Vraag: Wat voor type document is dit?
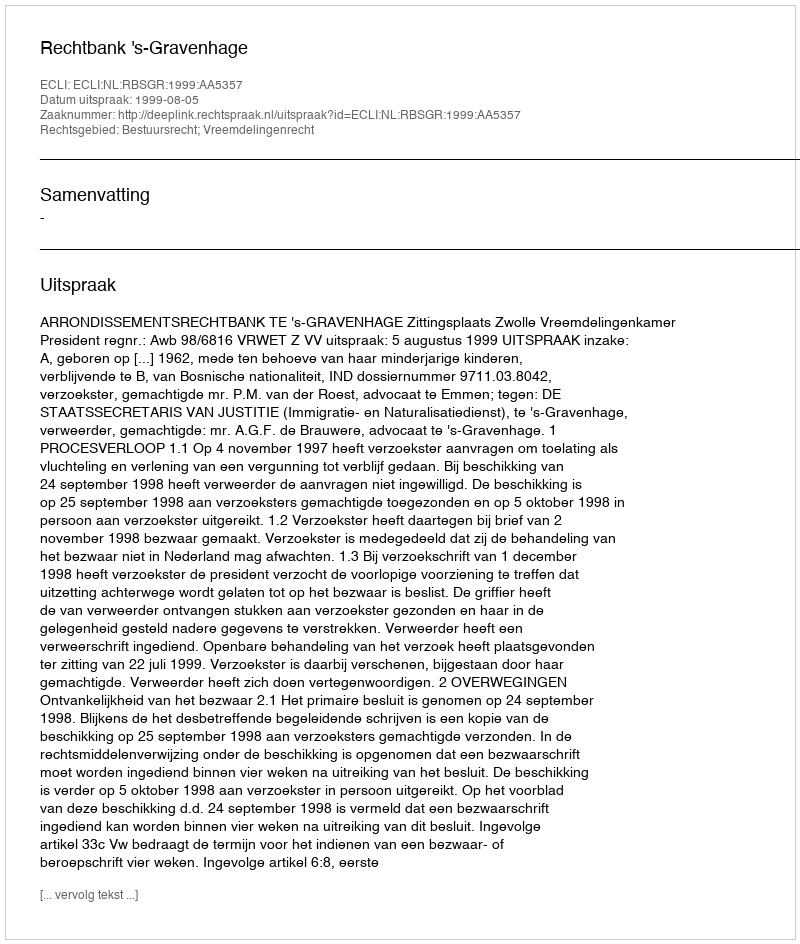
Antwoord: Uitspraak